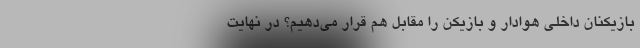
بازیکنان داخلی هوادار و بازیکن را مقابل هم قرار می‌دهیم؟ در نهایت